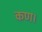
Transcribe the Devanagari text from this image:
कण।